Leprosy in India: report of the Leprosy Commission in India, 1890-91
Year: 1890
Disease focus: Leprosy
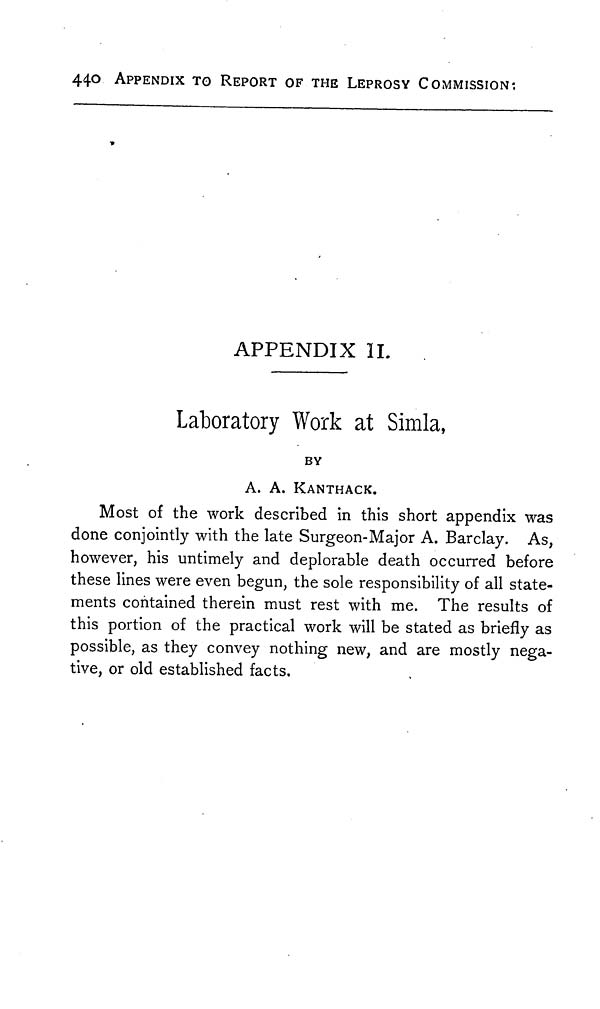
440 APPENDIX TO REPORT OF THE LEPROSY COMMISSION:
APPENDIX II.
Laboratory Work at Simla,
BY
A. A. KANTHACK.
Most of the work described in this short appendix was
done conjointly with the late Surgeon-Major A. Barclay. As,
however, his untimely and deplorable death occurred before
these lines were even begun, the sole responsibility of all state-
ments contained therein must rest with me. The results of
this portion of the practical work will be stated as briefly as
possible, as they convey nothing new, and are mostly nega-
tive, or old established facts.